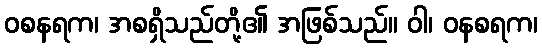
ဝစနရက၊ အစရှိသည်တို့၏ အဖြစ်သည်။ ဝါ၊ ဝနစရက၊